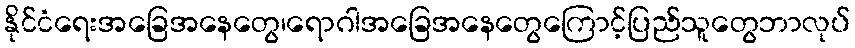
နိုင်ငံရေးအခြေအနေတွေ၊ရောဂါအခြေအနေတွေကြောင့်ပြည်သူတွေဘာလုပ်